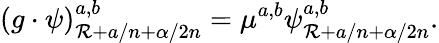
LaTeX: (g\cdot\psi)_{\mathcal{R}+a/n+\alpha/2n}^{a,b}=\mu^{a,b}\psi_{\mathcal{R}+a/n+\alpha/2n}^{a,b}.